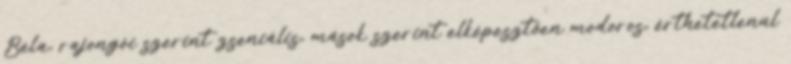
Béla, rajongói szerint zseniális, mások szerint elképesztően modoros, érthetetlenül